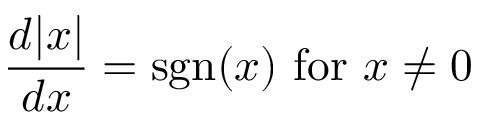
{ \frac { d | x | } { d x } } = \operatorname { s g n } ( x ) { \mathrm { ~ f o r ~ } } x \neq 0